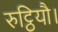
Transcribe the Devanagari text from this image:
रुट्ठियौ।